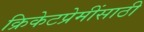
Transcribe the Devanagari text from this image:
क्रिकेटप्रेमींसाठी